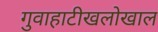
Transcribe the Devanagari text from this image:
गुवाहाटीखलोखाल